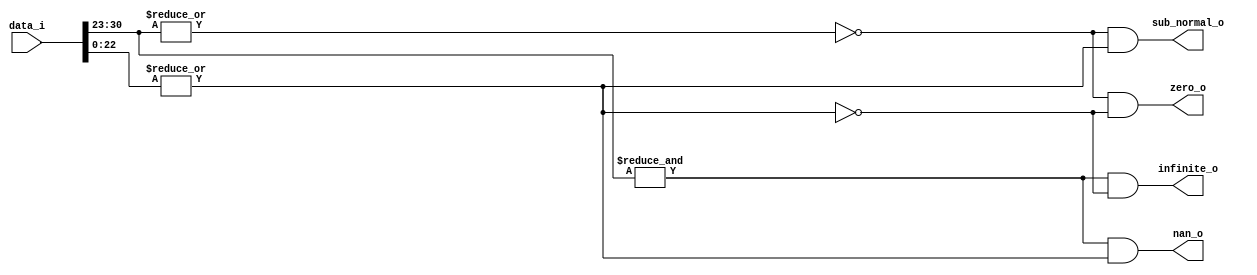
// This program was cloned from: https://github.com/IObundle/iob-soc
// License: MIT License

`timescale 1ns / 1ps

module iob_fp_special #(
                    parameter DATA_W = 32,
                    parameter EXP_W = 8
                    )
   (
    input [DATA_W-1:0] data_i,

    output             nan_o,
    output             infinite_o,
    output             zero_o,
    output             sub_normal_o
    );

   localparam MAN_W = DATA_W-EXP_W;

   wire                sign = data_i[DATA_W-1];
   wire [EXP_W-1:0]    exponent = data_i[DATA_W-2 -: EXP_W];
   wire [MAN_W-2:0]    mantissa = data_i[MAN_W-2:0];

   wire                exp_all_ones = &exponent;
   wire                exp_zero = ~|exponent;
   wire                man_zero = ~|mantissa;

   assign nan_o        = exp_all_ones & ~man_zero;
   assign infinite_o   = exp_all_ones & man_zero;
   assign zero_o       = exp_zero & man_zero;
   assign sub_normal_o = exp_zero & ~man_zero;

endmodule